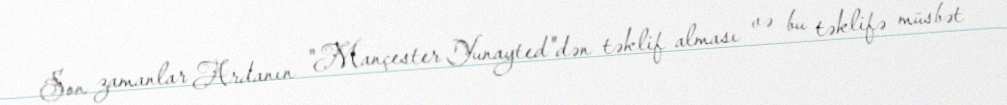
Son zamanlar Ardanın "Mançester Yunayted"dən təklif alması və bu təklifə müsbət